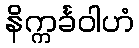
နိက္ကင်္ခဝါဟံ